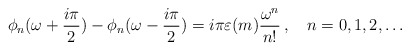
\begin{align*}\phi_n(\omega+\frac{i\pi}{2})-\phi_n(\omega-\frac{i\pi}{2})=i\pi\varepsilon(m)\frac{\omega^n}{n!}\,,\quad n=0,1,2,\dots\end{align*}